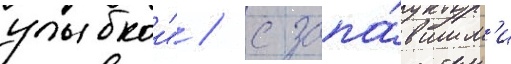
улыбкои" / с запа́вшим'и